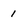
Character: 1